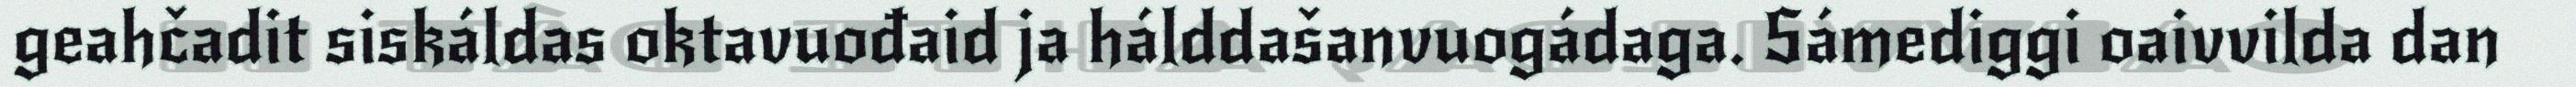
geahčadit siskáldas oktavuođaid ja hálddašanvuogádaga. Sámediggi oaivvilda dan